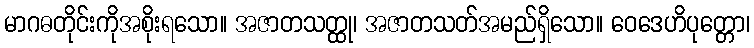
မာဂဓတိုင်းကိုအစိုးရသော။ အဇာတသတ္ထု၊ အဇာတသတ်အမည်ရှိသော။ ဝေဒေဟိပုတ္တော၊